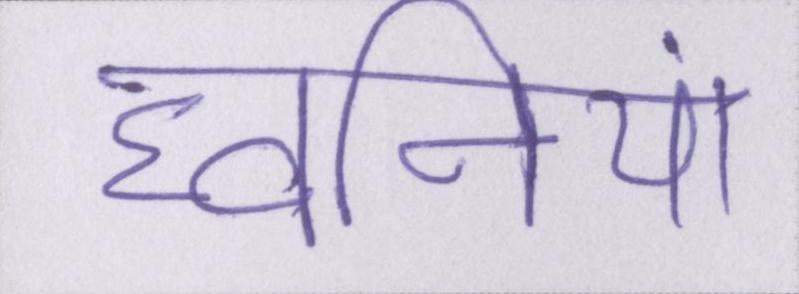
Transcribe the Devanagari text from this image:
घ्वनियां